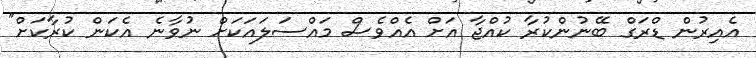
އެއިރުން ޑްރަގް ބޭނުންކުރާ ކުއްޖާ އަށް އެއްވެސް މައްސަލައަކަށް ނުވާނެ އެކަން ކުރާކަށް"